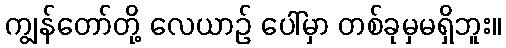
ကျွန်တော်တို့ လေယာဉ် ပေါ်မှာ တစ်ခုမှမရှိဘူး။